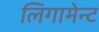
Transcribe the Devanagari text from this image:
लिगामेन्ट